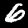
Digit: 6